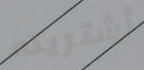
أشتريته